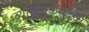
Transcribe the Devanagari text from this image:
व्याधीमुळेसुद्धा